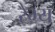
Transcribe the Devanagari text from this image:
रैभ्य